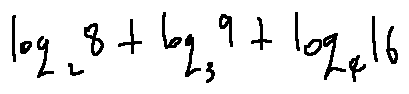
\log _ { 2 } 8 + \log _ { 3 } 9 + \log _ { 4 } 1 6